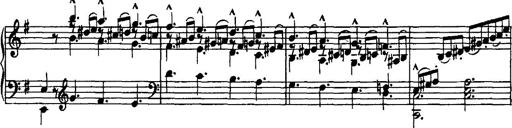
Title: Rondo di bravura
Composer: Franz Liszt